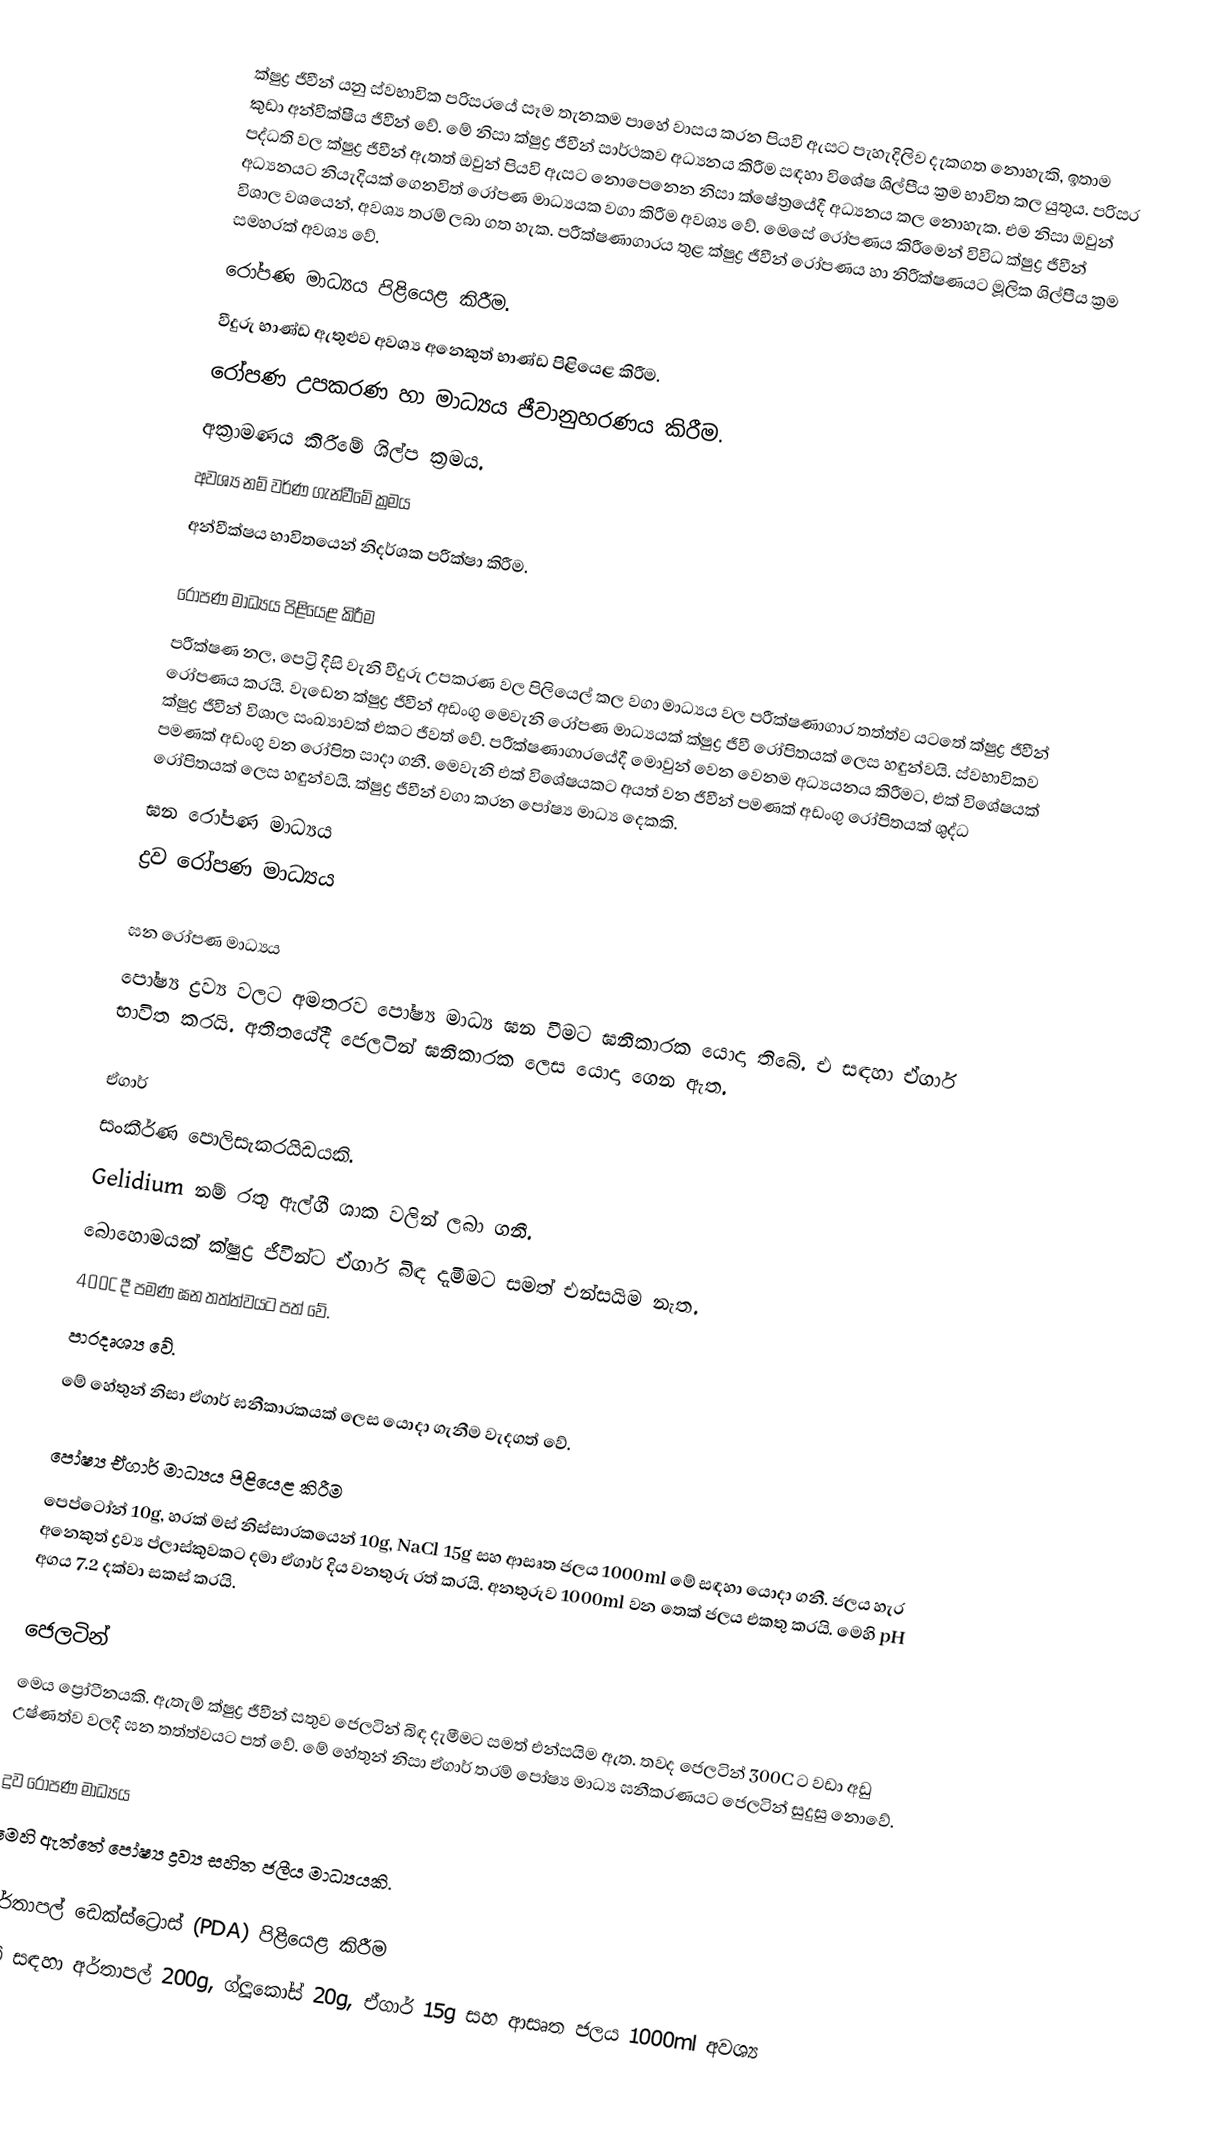
ක්ෂුද්‍ර ජීවීන් යනු ස්වභාවික පරිසරයේ සෑම තැනකම පාහේ වාසය කරන පියවි ඇසට පැහැදිලිව දැකගත නොහැකි, ඉතාම කුඩා අන්වීක්ෂීය ජීවීන් වේ. මේ නිසා ක්ෂුද්‍ර ජීවීන් සාර්ථකව අධ්‍යනය කිරීම සඳහා විශේෂ ශිල්පීය ක්‍රම භාවිත කල යුතුය. පරිසර පද්ධති වල ක්ෂුද්‍ර ජීවීන් ඇතත් ඔවුන් පියවි ඇසට නොපෙනෙන නිසා ක්ෂේත්‍රයේදී අධ්‍යනය කල නොහැක. එම නිසා ඔවුන් අධ්‍යනයට නියැදියක් ගෙනවිත් රෝපණ මාධ්‍යයක වගා කිරීම අවශ්‍ය වේ. මෙසේ රෝපණය කිරීමෙන් විවිධ ක්ෂුද්‍ර ජීවීන් විශාල වශයෙන්, අවශ්‍ය තරම් ලබා ගත හැක. පරීක්ෂණාගාරය තුළ ක්ෂුද්‍ර ජීවීන් රෝපණය හා නිරීක්ෂණයට මූලික ශිල්පීය ක්‍රම සමහරක් අවශ්‍ය වේ.
රෝපණ මාධ්‍යය පිළියෙළ කිරීම.
වීදුරු භාණ්ඩ ඇතුළුව අවශ්‍ය අනෙකුත් භාණ්ඩ පිළියෙළ කිරීම.
රෝපණ උපකරණ හා මාධ්‍යය ජීවානුහරණය කිරීම.
අක්‍රාමණය කිරීමේ ශිල්ප ක්‍රමය.
අවශ්‍ය නම් වර්ණ ගැන්වීමේ ක්‍රමය
අන්වීක්ෂය භාවිතයෙන් නිදර්ශක පරීක්ෂා කිරීම.

රෝපණ මාධ්‍යය පිළියෙළ කිරීම
පරීක්ෂණ නල, පෙට්‍රි දීසි වැනි වීදුරු උපකරණ වල පිලියෙල් කල වගා මාධ්‍යය වල පරීක්ෂණාගාර තත්ත්ව යටතේ ක්ෂුද්‍ර ජීවීන් රෝපණය කරයි. වැඩෙන ක්ෂුද්‍ර ජීවීන් අඩංගු මෙවැනි රෝපණ මාධ්‍යයක් ක්ෂුද්‍ර ජීවී රෝපිතයක් ලෙස හඳුන්වයි. ස්වභාවිකව ක්ෂුද්‍ර ජීවීන් විශාල සංඛ්‍යාවක් එකට ජීවත් වේ. පරීක්ෂණාගාරයේදී මොවුන් වෙන වෙනම අධ්‍යයනය කිරීමට, එක් විශේෂයක් පමණක් අඩංගු වන රෝපිත සාදා ගනී. මෙවැනි එක් විශේෂයකට අයත් වන ජීවීන් පමණක් අඩංගු රෝපිතයක් ශුද්ධ රෝපිතයක් ලෙස හඳුන්වයි. ක්ෂුද්‍ර ජීවීන් වගා කරන පෝෂ්‍ය මාධ්‍ය දෙකකි.
ඝන රෝපණ මාධ්‍යය
ද්‍රව රෝපණ මාධ්‍යය

ඝන රෝපණ මාධ්‍යය
පෝෂ්‍ය ද්‍රව්‍ය වලට අමතරව පෝෂ්‍ය මාධ්‍ය ඝන වීමට ඝනීකාරක යොදා තිබේ. එ සඳහා ඒගාර් භාවිත කරයි. අතීතයේදී ජෙලටින් ඝනීකාරක ලෙස යොදා ගෙන ඇත.

ඒගාර්
සංකීර්ණ පොලිසැකරයිඩයකි.
Gelidium නම් රතු ඇල්ගී ශාක වලින් ලබා ගනී.
බොහොමයක් ක්ෂුද්‍ර ජීවීන්ට ඒගාර් බිඳ දැමීමට සමත් එන්සයිම නැත.
400C දී පමණ ඝන තත්ත්වයට පත් වේ.
පාරදෘශ්‍ය වේ.
මේ හේතුන් නිසා ඒගාර් ඝනීකාරකයක් ලෙස යොදා ගැනීම වැදගත් වේ.

පෝෂ්‍ය ඒගාර් මාධ්‍යය පිළියෙළ කිරීම
පෙප්ටෝන් 10g, හරක් මස් නිස්සාරකයෙන් 10g, NaCl 15g සහ ආසෘත ජලය 1000ml මේ සඳහා යොදා ගනී. ජලය හැර අනෙකුත් ද්‍රව්‍ය ප්ලාස්කුවකට දමා ඒගාර් දිය වනතුරු රත් කරයි. අනතුරුව 1000ml වන තෙක් ජලය එකතු කරයි. මෙහි pH අගය 7.2 දක්වා සකස් කරයි.

ජෙලටින්
මෙය ප්‍රෝටීනයකි. ඇතැම් ක්ෂුද්‍ර ජීවීන් සතුව ජෙලටින් බිඳ දැමීමට සමත් එන්සයිම ඇත. තවද ජෙලටින් 300C ට වඩා අඩු උෂ්ණත්ව වලදී ඝන තත්ත්වයට පත් වේ. මේ හේතුන් නිසා ඒගාර් තරම් පෝෂ්‍ය මාධ්‍ය ඝනීකරණයට ජෙලටින් සුදුසු නොවේ.

ද්‍රව රෝපණ මාධ්‍යය
මෙහි ඇත්තේ පෝෂ්‍ය ද්‍රව්‍ය සහිත ජලීය මාධ්‍යයකි.

අර්තාපල් ඩෙක්ස්ට්‍රොස් (PDA) පිළියෙළ කිරීම
මේ සඳහා අර්තාපල් 200g, ග්ලූකෝස් 20g, ඒගාර් 15g සහ ආසෘත ජලය 1000ml අවශ්‍ය